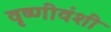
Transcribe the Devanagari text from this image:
वृष्णीवंशी